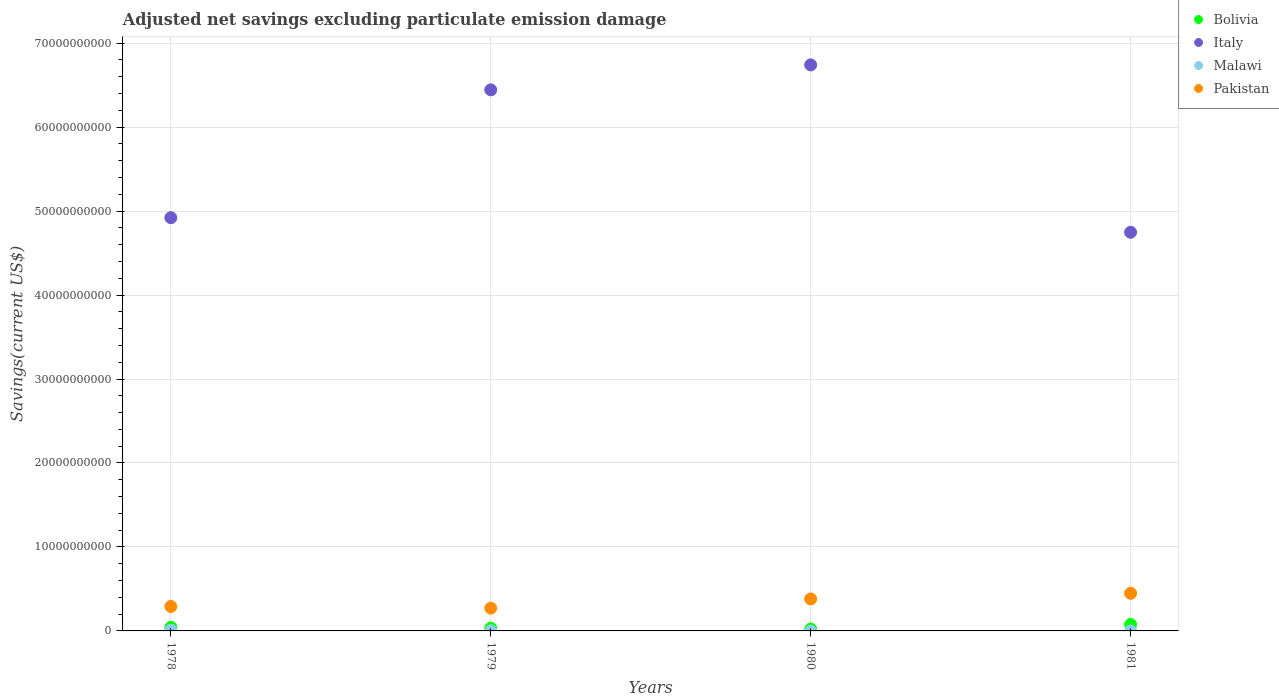
| Years | Bolivia | Italy | Malawi | Pakistan |
 | --- | --- | --- | --- | --- |
 | 1978 | 4.3e+08 | 4.92e+10 | 1.14e+08 | 2.91e+09 |
 | 1979 | 3.22e+08 | 6.44e+10 | 1.26e+07 | 2.71e+09 |
 | 1980 | 2.21e+08 | 6.74e+10 | -2.59e+07 | 3.81e+09 |
 | 1981 | 7.68e+08 | 4.75e+10 | 5.62e+06 | 4.48e+09 |